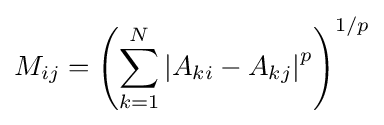
M_{ij}=\left(\sum _{k=1}^{N}\left|A_{ki}-A_{kj}\right|^{p}\right)^{1/p}